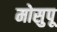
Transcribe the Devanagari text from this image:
मोसुपू